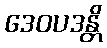
ဒေဝပဒန္တိ